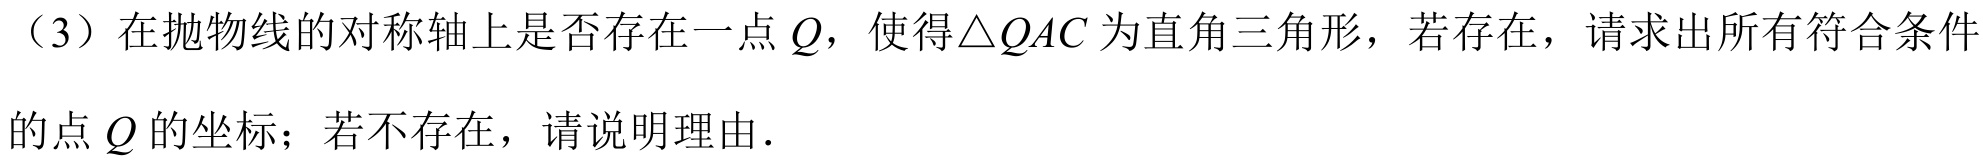
（3）在抛物线的对称轴上是否存在一点\(Q\)，使得\(\triangle QAC\)为直角三角形，若存在，请求出所有符合条件的点\(Q\)的坐标；若不存在，请说明理由．